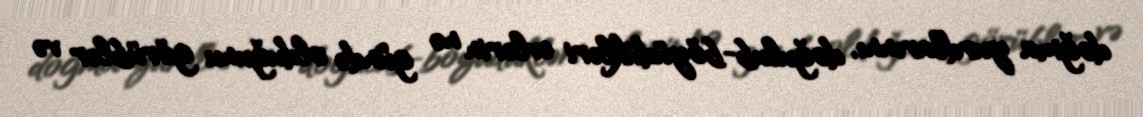
doğma yurdlarınnı, doğulub-böyüdükləri evlərin nə gündə olduğunu görüblər və